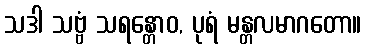
သဒါ သဗ္ဗံ သရန္တောဝ, ပုရံ မန္တလမာဂတော။